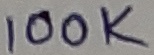
Text: 100K